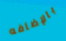
بالإضافه